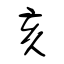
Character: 亥